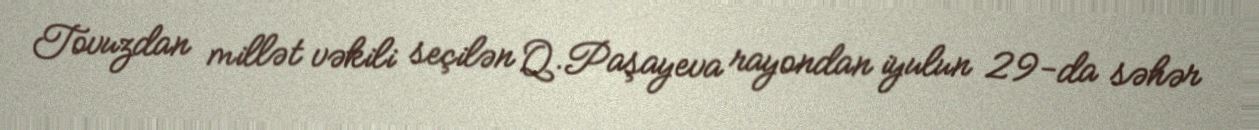
Tovuzdan millət vəkili seçilən Q.Paşayeva rayondan iyulun 29-da səhər